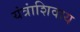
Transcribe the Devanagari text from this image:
यंत्रांशिवाय